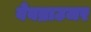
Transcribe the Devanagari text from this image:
वेबब्राउजर